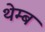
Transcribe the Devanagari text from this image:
थेम्ब